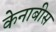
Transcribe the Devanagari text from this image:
केनाबीस